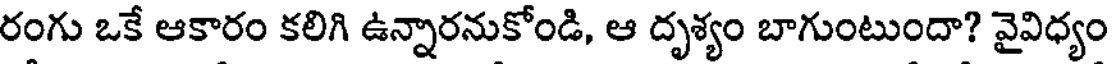
రంగు ఒకే ఆకారం కలిగి ఉన్నారనుకోండి, ఆ దృశ్యం బాగుంటుందా? వైవిధ్యం